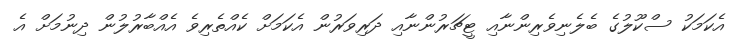
އެކަމަކު ސްކޫލުގެ ބެލެނިވެރިންނާއި ޓީޗަރުންނާއި ދަރިވަރުން އެކަމަށް ކެއްތެރިވެ އެއްބާރުލުން ދިނުމަށް އެ